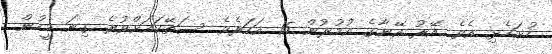
ހުށަހެޅި އެވެ. އޭރު އޭނާގެ އުމުރުން 15 އަހަރެވެ. ސަތޭކައަށްވުރެ ގިނަ މީހުން